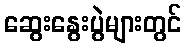
ဆွေးနွေးပွဲများတွင်